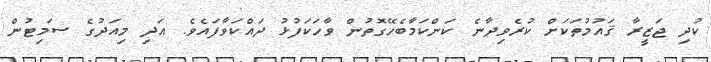
ކުދި ޖަޒީރާ ޤައުމުތަކަށް ކުރެވިދާނެ ކަންކަމާބެހޭގޮތުން ވާހަކަފުޅު ދައްކަވާފައެވެ. އަދި މިއަދުގެ ސަމިޓުން